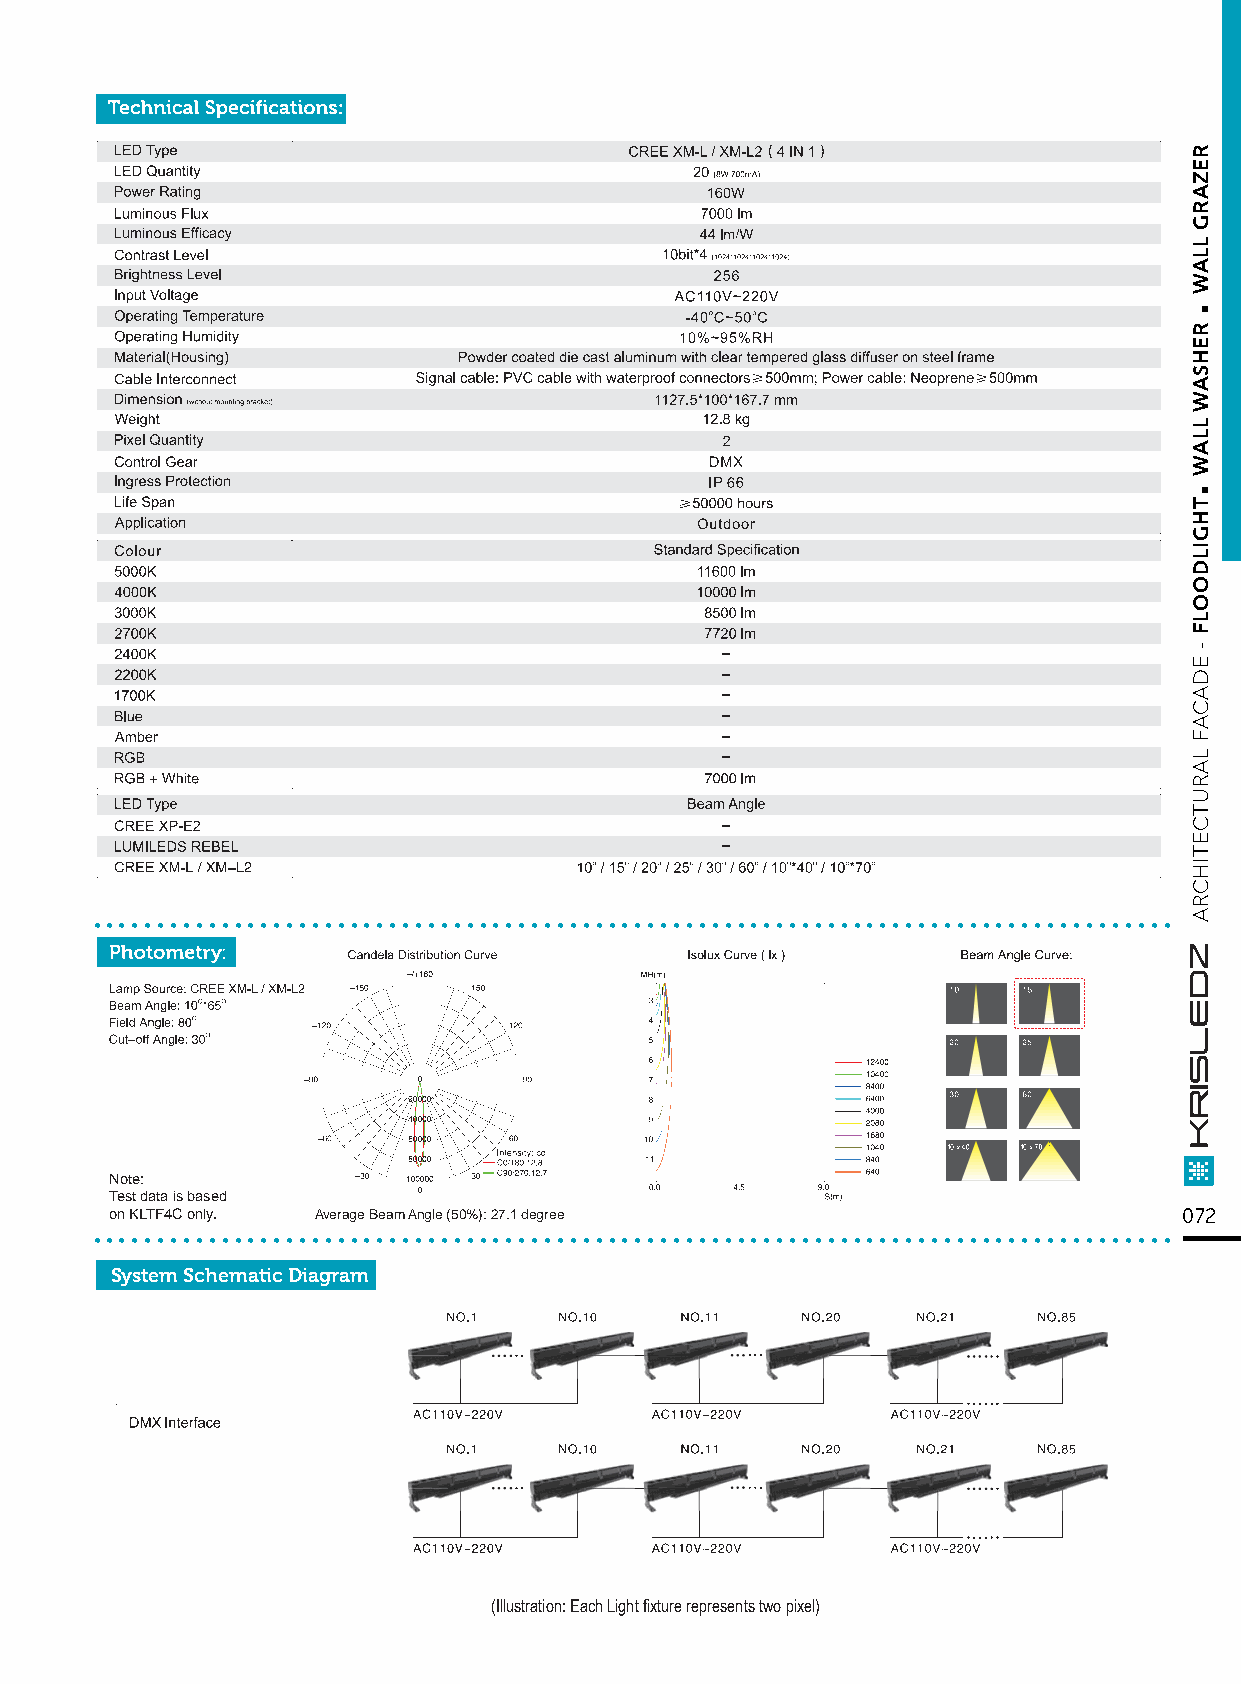
....................................................................................
 Note:
 Test data is based
 ..o.n K.L.TF.4.C. o.nly.. . .......Av.e.ra.ge. B.ea.m. A.ng.le. (5.0.%.): .27..1. de.g.re.e............................................... 072
 System Schematic Diagram
 (Illustration: Each Light fixture represents two pixel)
 .
 .
 REZARG
 LLAW
 REHSAW
 LLAW
 THGILDOOLF
 -
 EDACAF
 LARUTCETIHCRA